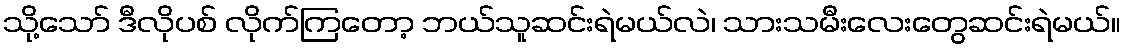
သို့သော် ဒီလိုပစ် လိုက်ကြတော့ ဘယ်သူဆင်းရဲမယ်လဲ၊ သားသမီးလေးတွေဆင်းရဲမယ်။